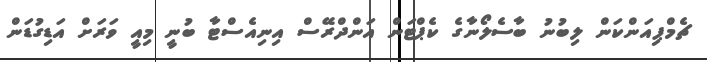
ޗެމްޕިއަންކަން ލިބުނު ބާސެލޯނާގެ ކެޕްޓަން އަންދްރޭސް އިނިއެސްޓާ ބުނީ މިއީ ވަރަށް އަޑިގުޑަން